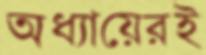
অধ্যায়েরই